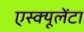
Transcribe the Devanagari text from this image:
एस्क्यूलेंटा